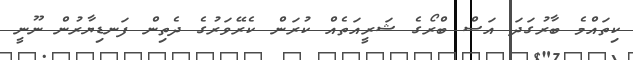
ކިތައްމެ ބާރުގަދަ އަސް ބްރޯގެ ޝަރީއަތެެއް ކުރަން ކެރޭވަރުގެ ދެތިން ފަނޑިޔާރުން ނޫނީ